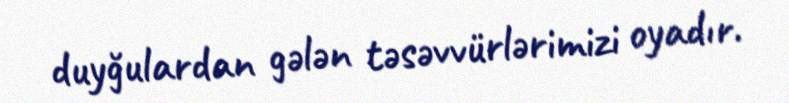
duyğulardan gələn təsəvvürlərimizi oyadır.